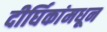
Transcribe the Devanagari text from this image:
दीर्घिकांमधून